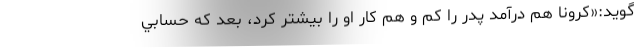
‌گويد:«كرونا هم درآمد پدر را كم و هم كار او را بيشتر كرد، بعد كه حسابي